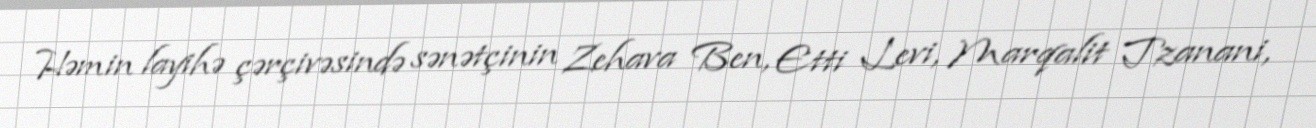
Həmin layihə çərçivəsində sənətçinin Zehava Ben, Etti Levi, Marqalit Tzanani,